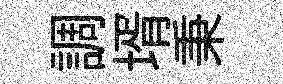
調壻秉